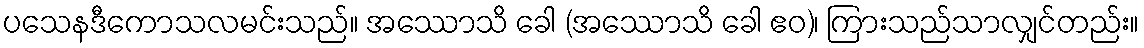
ပသေနဒီကောသလမင်းသည်။ အဿောသိ ခေါ (အဿောသိ ခေါ ဧဝ)၊ ကြားသည်သာလျှင်တည်း။